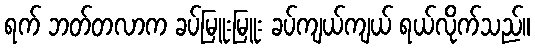
ရက် ဘတ်တလာက ခပ်မြူးမြူး ခပ်ကျယ်ကျယ် ရယ်လိုက်သည်။